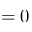
= 0